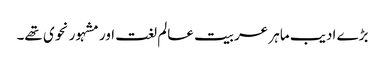
بڑے ادیب ماہر عربیت عالم لغت اور مشہور نحوی تھے۔